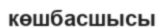
көшбасшысы